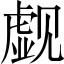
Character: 觑